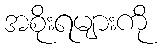
အစိုးရများကို